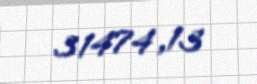
31474,13